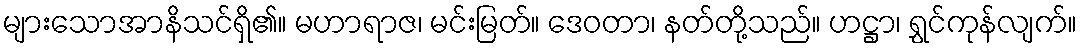
များသောအာနိသင်ရှိ၏။ မဟာရာဇ၊ မင်းမြတ်။ ဒေဝတာ၊ နတ်တို့သည်။ ဟဋ္ဌာ၊ ရွှင်ကုန်လျက်။